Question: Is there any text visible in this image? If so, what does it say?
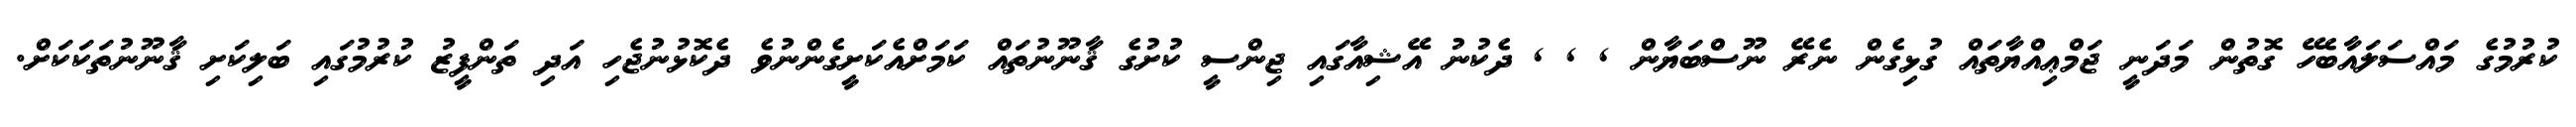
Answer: ކުރުމުގެ މައްސަލައާބެހޭ ގޮތުން މަދަނީ ޖަމްޢިއްޔާތައް ގުޅިގެން ނެރޭ ނޫސްބަޔާން , , , ދެކުނު އޭޝިއާގައި ޖިންސީ ކުށުގެ ޤާނޫނުތައް ކަމަށްއެކަށީގެންނުވެ ދެކޮޅުނުޖެހި އަދި ތަންފީޒު ކުރުމުގައި ބަލިކަށި ޤާނޫނުތަކަކަށް.